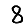
Digit: 8